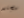
مجند